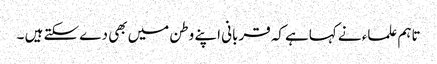
تاہم علماء نے کہاہے کہ قربانی اپنے وطن میں بھی دے سکتے ہیں ۔